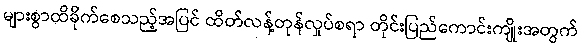
များစွာထိခိုက်စေသည့်အပြင် ထိတ်လန့်တုန်လှုပ်စရာ တိုင်းပြည်ကောင်းကျိုးအတွက်